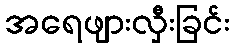
အရေဖျားလှီးခြင်း